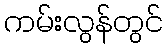
ကမ်းလွန်တွင်